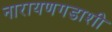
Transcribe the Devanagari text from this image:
नारायणगडाशी